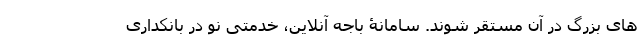
های بزرگ در آن مستقر شوند. سامانۀ باجه آنلاین، خدمتی نو در بانکداری